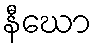
နီဃော